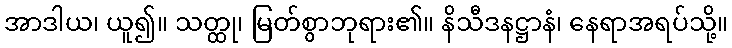
အာဒါယ၊ ယူ၍။ သတ္ထု၊ မြတ်စွာဘုရား၏။ နိသီဒနဋ္ဌာနံ၊ နေရာအရပ်သို့။